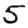
Digit: 5